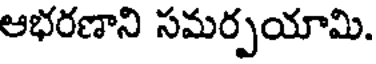
ఆభరణాని సమర్పయామి.